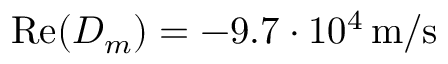
\operatorname { R e } ( D _ { m } ) = - 9 . 7 \cdot 1 0 ^ { 4 } \, \mathrm { m / s }